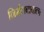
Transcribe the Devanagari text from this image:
निर्मलबाबाला